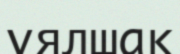
ұялшақ